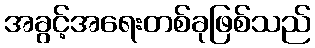
အခွင့်အရေးတစ်ခုဖြစ်သည်